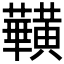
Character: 𪏥